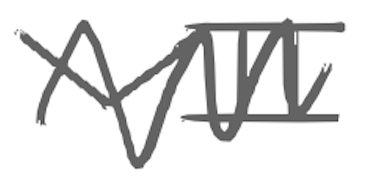
Text: VII
Cross-out: zig-zag
Writing tool: digital_gray